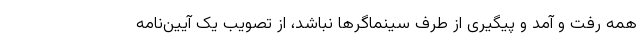
همه رفت و آمد و پیگیری از طرف سینماگرها نباشد، از تصویب یک آیین‌نامه